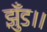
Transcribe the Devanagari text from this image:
झुँड।।